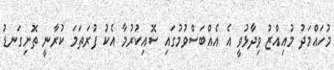
މުހައްމަދު މުއިއްޒު ވިދާޅުވީ އެ އެއްބަސްވުމުގައި ސޮއިކުރުމާ އެކު ފުރަތަމަ ކުރާނީ ތޮށިގަނޑު